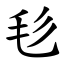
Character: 毝